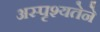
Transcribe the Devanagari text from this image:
अस्पृश्यतेने